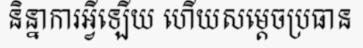
និន្នាការអ្វីឡើយ ហើយសម្តេចប្រធាន